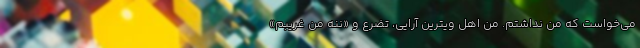
می‌خواست که من نداشتم. من اهل ویترین آرایی، تضرع و «ننه من غریبم»